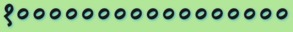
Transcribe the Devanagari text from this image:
१०००००००००००००००००